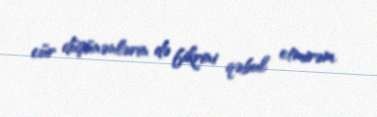
cür düşünənlərin də fikrini qəbul etmirəm.